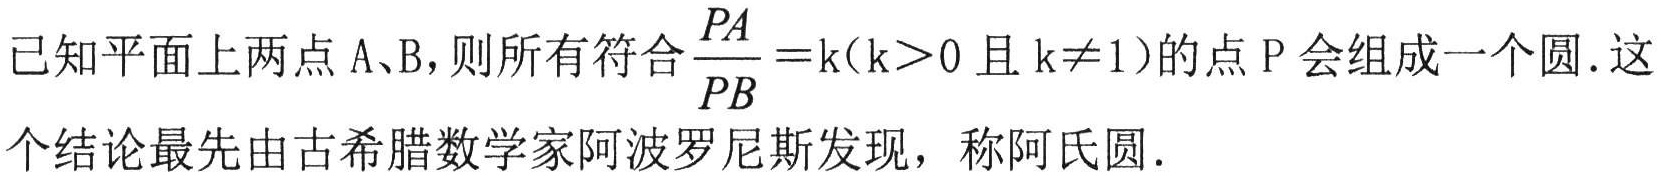
已知平面上两点 A、B，则所有符合$\frac{PA}{PB}=\mathrm{k}(\mathrm{k}>0$且$\mathrm{k}\neq1)$的点 P 会组成一个圆. 这个结论最先由古希腊数学家阿波罗尼斯发现，称阿氏圆.